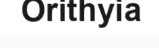
Orithyia